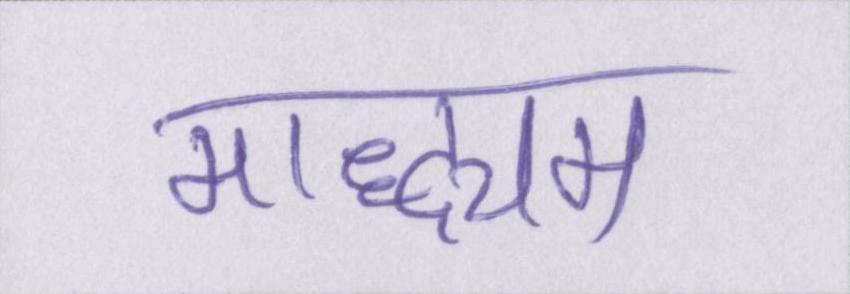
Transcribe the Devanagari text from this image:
माद्ध्यम